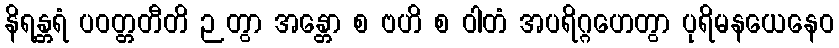
နိရန္တရံ ပဝတ္တတီတိ ဉတွာ အန္တော စ ဗဟိ စ ဝါတံ အပရိဂ္ဂဟေတွာ ပုရိမနယေနေဝ